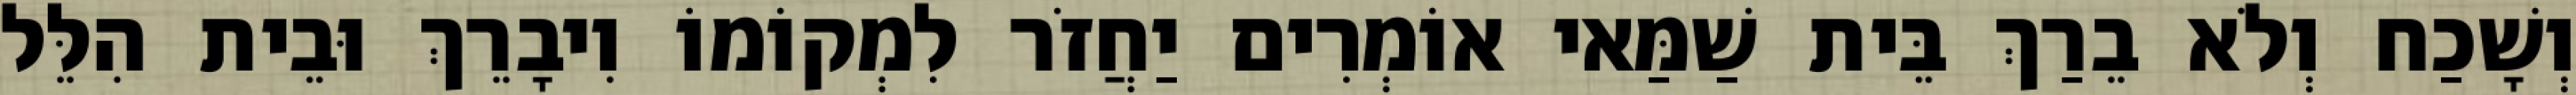
וְשָׁכַח וְלֹא בֵרַךְ בֵּית שַׁמַּאי אוֹמְרִים יַחֲזֹר לִמְקוֹמוֹ וִיבָרֵךְ וּבֵית הִלֵּל